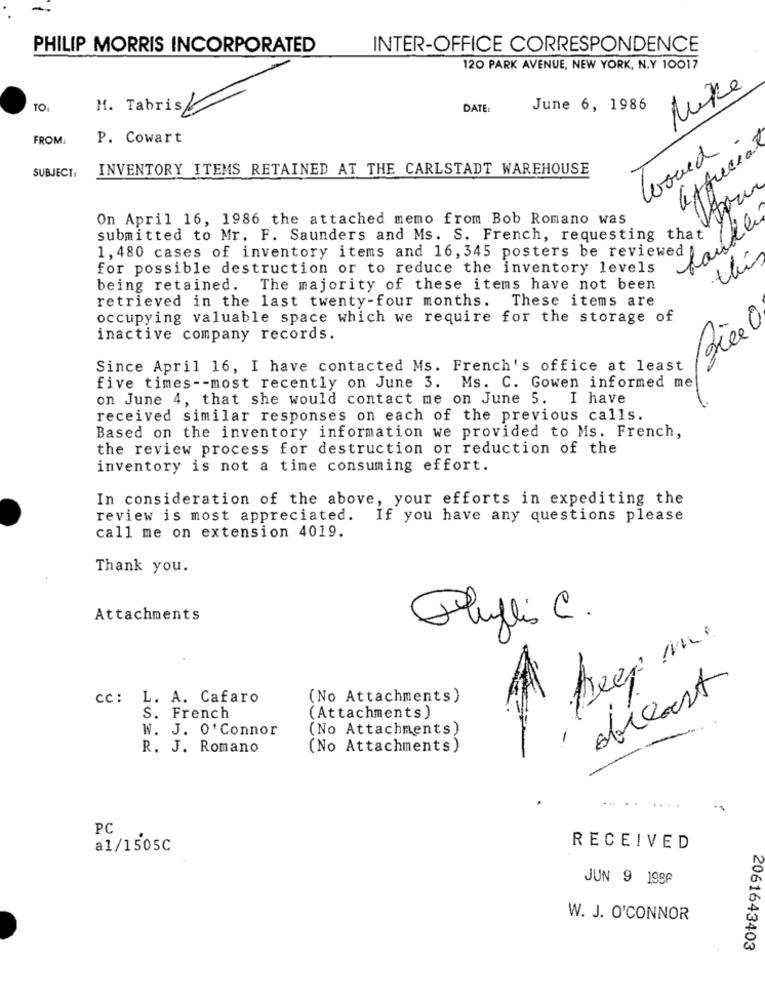
PHILIP MORRIS INCORPORATED
INTER-OFFICE CORRESPONDENCE
120 PARK AVENUE, NEW YORK, N.Y 10017
Nike
TO:
M. Tabris
DATE:
June 6, 1986
FROM:
P. Cowart
affucia
INVENTORY ITEMS RETAINED AT THE CARLSTADT WAREHOUSE
SUBJECT:
On April 16, 1986 the attached memo from Bob Romano was
Laude
submitted to Mr. F. Saunders and Ms. S. French, requesting that
1,480 cases of inventory items and 16,345 posters be reviewed
this
for possible destruction or to reduce the inventory levels
being retained. The majority of these items have not been
retrieved in the last twenty-four months. These items are
occupying valuable space which we require for the storage of
Bice 0
inactive company records.
Since April 16, I have contacted Ms. French's office at least
five times -- most recently on June 3. Ms. C. Gowen informed me
on June 4, that she would contact me on June 5. I have
received similar responses on each of the previous calls.
Based on the inventory information we provided to Ms. French,
the review process for destruction or reduction of the
inventory is not a time consuming effort.
In consideration of the above, your efforts in expediting the
review is most appreciated. If you have any questions please
call me on extension 4019.
Thank you.
Attachments
Pluflis C.
Abreast
cc: L. A. Cafaro
(No Attachments)
S. French
(Attachments)
W. J. O' Connor
(No Attachments)
R. J. Romano
(No Attachments)
PC
a1/1505C
RECEIVED
JUN 9 1986
W. J. O'CONNOR
2061643403